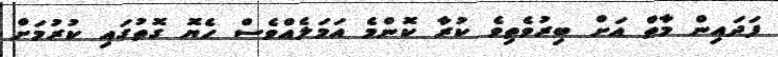
ފަދައިން މާތް އަށް ބިރުވެތިވެ ކުރާ ކޮންމެ އަމަލެއްވެސް ހެޔޮ ގޮތުގައި ކުރުމަށް